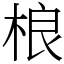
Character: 桹